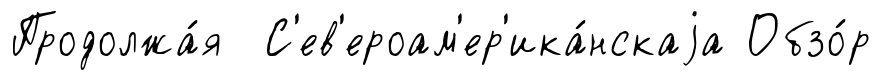
Продолжа́я С'ев'ероам'ер'ика́нскаjа Обзо́р